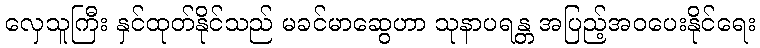
လှေသူကြီး နှင်ထုတ်နိုင်သည် မခင်မာဆွေဟာ သုနာပရန္တ အပြည့်အဝပေးနိုင်ရေး